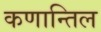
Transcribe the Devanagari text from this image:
कणान्तिल